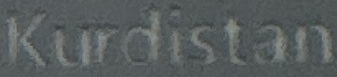
Kurdistan